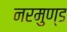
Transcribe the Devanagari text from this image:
नरमुण्ड